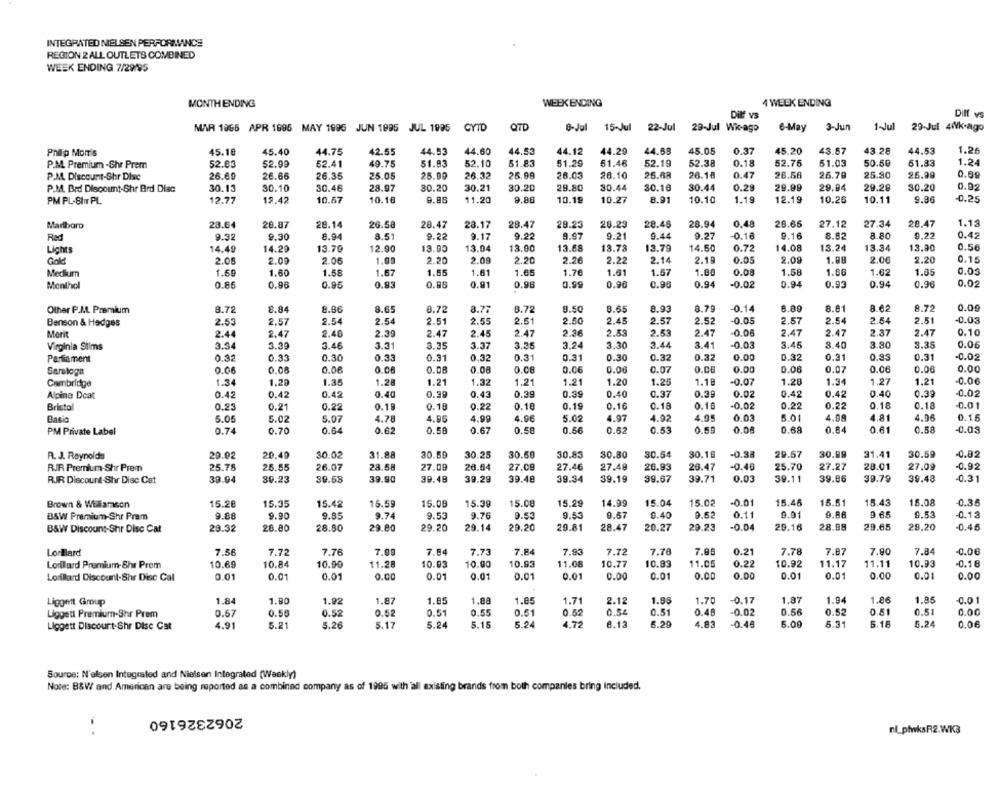
INTEGRATED NIELSEN PERFORMANCE
REGION 2 ALL OUTLETS COMBINED
WEEK ENDING 7/29/95
MONTH ENDING
WEEK ENDING
4 WELK ENDING
Dilf vs
Dilf vs
MAR 1865 APR 1695 MAY 1995 JUN 1995 JUL 1995
CYTO
QTD
8-Jul 15~Jul 22-Jul
29-Jul Wk-ago
6-May
3-Jun
1-Jul
29-Jul 4Wk.ago
45.40
44.75
42.55
44.53
44.60
44.53
44.12
44.20
44.68
45.05
0.37
45.20
43.57
43.28
44.53
1.26
Philip Morris
45.10
P.M. Premium -Shr Prem
52.83
52.98
52.41
49.75
51.83
52.10
51.83
51.29
51.46
52.19
52.38
0.18
52.75
51.03
50.59
51.83
1.24
26.60
26.66
26.35
26.32
25.99
26.10
25.88
26.18
0.47
26.56
26.70
25.30
25.99
0.89
P.M. Discount-Shr Disc
25.05
25.90
26.03
P.M. Brd Discount-Shr Brd Disc
30.13
30.10
30.46
28.97
30.20
30.21
30.20
29.80
30.44
30.10
30.44
0.29
29.99
29.94
29.28
30.20
0.92
10.67
9.88
9.88
10.19
10.27
8.91
10.10
1.19
12.19
10.26
10.11
9.96
-0.25
PM PL-SITT PL
12.77
19.42
10.16
11.20
1.13
Marlboro
23.64
28.87
28.14
26.58
28.47
28.17
28.47
29.23
28.23
28.46
28.94
0.48
26.66
27.12
27.34
28.47
Rad
9.92
9.30
8.94
8.51
9.22
9.17
9.22
9.97
9.21
9.44
9.27
-0.10
9.16
8.62
8.80
9.22
0.42
Lights
14.49
14.20
13.70
12.90
13.90
13.04
13.00
13.68
13.78
13.79
14.50
0.72
14.08
13.24
13.34
13.90
0.5€
2.05
2.09
2.06
1.00
2.20
2.09
2.20
2.26
2.22
2.14
2.19
0.05
2.09
1.88
2.00
2.20
0.15
0.05
Medium
1.59
1.60
1.58
1.67
1.85
1.61
1.65
1.76
1.61
1.57
1.80
0.08
1.58
1.60
1.62
1.85
Menthol
0.85
0.96
0.95
0.93
0.88
0.91
0.96
0.99
0.90
0.90
0.94
-0.02
0.94
0.93
0.94
0.96
0.02
8.72
8.84
8.86
8.65
8.72
8.77
8.72
9.50
8.65
8.93
8.79
-0.14
8.89
8.81
8.62
8.72
0.09
Other P.J.L. Premium
Benson & Hedges
2.53
2.57
2.54
2.54
2.51
2.55
2.51
2.50
2.45
2.57
2.52
0.05
2.57
2.54
2.54
2.51
-0.03
2.40
2.39
2.47
2.47
2.36
2.53
2.53
2.47
0.06
2.47
2.47
2.37
2.47
0.10
Morit
2.44
2.47
2.45
Virginia Stims
3.34
3.39
3.46
3.31
3.35
3.37
3.35
3.24
3.30
3.44
3.41
-0.03
3.45
8.40
3.80
3.35
0.06
0.30
0.33
0.31
0.31
0.31
0.30
0.32
0.00
0.31
0.33
0.31
-0.02
Parliament
0.32
0.33
0.32
0.32
0.32
Saratoga
0.06
0.08
0.06
0.08
O.DB
0.08
0.06
0.06
0.06
0.07
0.00
0.00
0.08
0.07
0.06
0.00
0.00
1.34
1.35
1.32
1.21
1.21
1.25
1.18
-0.07
1.28
1.34
1.27
1.21
0.06
Cambridge
1.20
1.28
1.21
1.20
Alpine Dcat
0.42
0.42
0.42
0.40
0.39
0.43
0.29
0.39
0.40
0.37
0.39
0.02
0.42
0.42
0.40
0.39
0.02
0.18
Bristo
0.23
0.21
0.22
0.15
0.18
0.22
0.16
0.19
0.16
0.18
0.16
-0.02
0.22
0.22
0.18
-0.01
Batio
5.05
5.02
5.07
4.78
4.96
4.99
4.96
5.02
4.97
4.92
4.95
0.03
5.01
4.98
4.81
4.96
0.15
0.61
PM Private Label
0.74
0.70
0.64
0.62
0.58
0.67
0.50
0.56
0.52
0.53
0.55
0.08
0.68
0.84
0.58
-0.03
R. J. Reynolds
20.02
20.40
30.02
31.88
30.59
30.25
30.59
30.83
30.80
30.54
30.16
-0.38
29.57
30.99
31.41
30.59
-0.82
RJR. Premium-Shr Pren
25.78
25.55
26.07
23.58
27.09
26.54
27.08
27.46
27.48
26.93
26.47
-0.46
25.70
27.27
28.01
27.09
-0.92
RIR Discount-Shr Disc Cat
39.94
30.23
39.53
39.90
39.48
39.29
39.48
39.34
39.19
39.67
39.71
0.03
39.11
39.86
39.79
39.48
0.31
Brown & Williamson
15.28
15.35
15.42
15.59
15.08
15.39
15.08
15.29
14.99
15.04
15.08
-0.01
15.48
15.51
15.43
15.08
0.35
9.53
9.76
9.53
9.53
9.67
0.40
9.62
0.11
0.91
0.86
9.6.5
9.53
-0.13
B&W Premium-Shr Pram
9.88
9.90
9.85
9.74
B&W Discount-Shr Disc Cat
28.32
28.80
28.80
29.80
29.20
29.14
29.20
29.81
28.47
20.27
29.23
-0.04
29.16
28.98
29.65
29.20
-0.46
LorBlard
7.56
7.72
7.76
7.09
7.84
7.73
7.84
7.93
7.72
7.78
7.86
0.21
7.78
7.87
7.90
7.84
-0.06
10.93
10.90
10.93
11.08
10.77
10.83
11.05
10.92
11.17
11.11
10.93
-0.18
Lonilard Premium- Shr Prem
10.69
10.84
10.90
11.28
0.22
Lorillard Discount-Shr Disc Cal
0.01
0.01
0.01
0.00
0.01
0.01
0.01
0.01
0.00
0.01
0.00
0.00
0.01
0.01
0.00
0.01
0.00
Liggett Group
1.84
1.90
1.92
1.87
1.85
1.88
1.85
1.71
2.12
1.98
1.70
-0.17
1.87
1.94
1.86
1.85
-0.01
Liggett Premium-Shr Prem
0.57
0.56
0.52
0.52
0.51
0.55
0.51
0.52
0.54
0.51
0.46
-0.02
0.56
0.52
0.51
0.51
0.00
4.91
5.21
5.26
5.17
5.24
5.15
5.24
4.72
6.13
6.20
4.83
-0.46
5.00
6.31
6.18
5.24
0.06
Liggett Discount-Shr Disc Cat
Source: N'elsen Integrated and Nielsen Integrated (Weekly)
Note: B&W and American are being reported as a combined company as of 1995 with all existing brands from both companies bring included.
2062326160
..
nl_pfwksR2.WK3